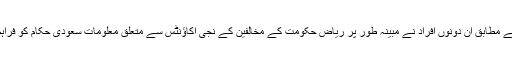
اس بیان کے مطابق ان دونوں افراد نے مبینہ طور پر ریاض حکومت کے مخالفین کے نجی اکاؤنٹس سے متعلق معلومات سعودی حکام کو فراہم کی تھیں۔